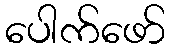
ပေါက်ဖော်